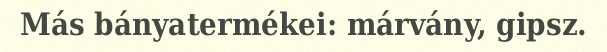
Más bányatermékei: márvány, gipsz.